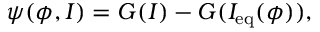
\psi ( \phi , I ) = G ( I ) - G ( I _ { \mathrm { e q } } ( \phi ) ) ,